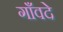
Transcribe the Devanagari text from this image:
गाँवदे